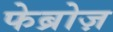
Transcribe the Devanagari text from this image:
फेब्रोज़